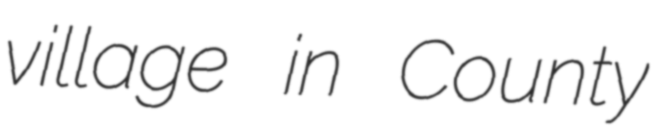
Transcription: village in County